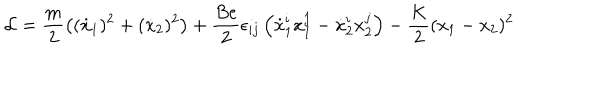
LaTeX: { \cal L } = \frac { m } { 2 } \left( ( \dot { x } _ { 1 } ) ^ { 2 } + ( \dot { x } _ { 2 } ) ^ { 2 } \right) + \frac { B e } { 2 } \epsilon _ { i j } \left( \dot { x } _ { 1 } ^ { i } x _ { 1 } ^ { j } - \dot { x } _ { 2 } ^ { i } x _ { 2 } ^ { j } \right) - \frac { K } { 2 } ( x _ { 1 } - x _ { 2 } ) ^ { 2 }